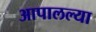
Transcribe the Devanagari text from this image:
आपालल्या